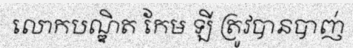
លោកបណ្ឌិត កែម ឡី ត្រូវបានបាញ់